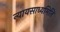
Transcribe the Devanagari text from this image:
न्यायसाध्यमिति